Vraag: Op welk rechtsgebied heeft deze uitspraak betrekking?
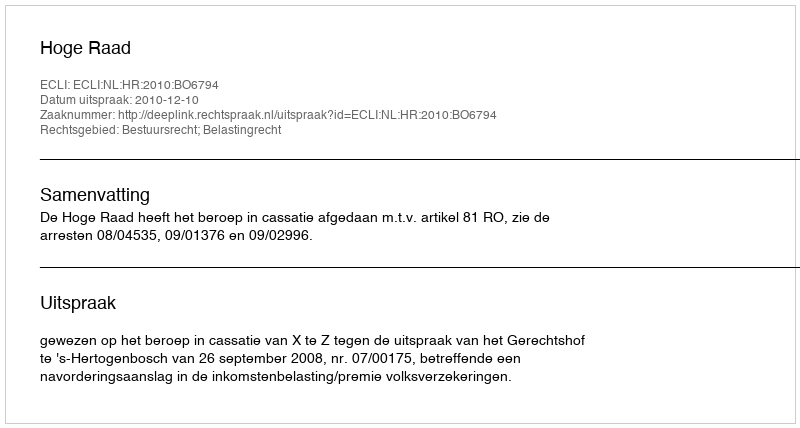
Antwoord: Bestuursrecht; Belastingrecht